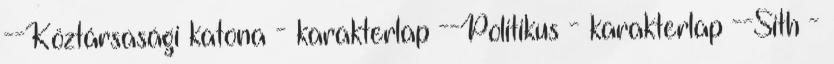
--Köztársasági katona - karakterlap --Politikus - karakterlap --Sith -